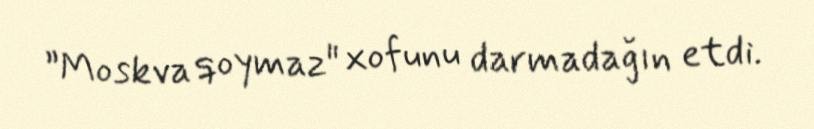
”Moskva qoymaz" xofunu darmadağın etdi.